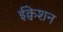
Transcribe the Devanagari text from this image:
ईक्वेशन